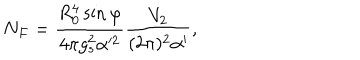
N _ { F } = \frac { R _ { 0 } ^ { 4 } \sin \varphi } { 4 \pi g _ { s } ^ { 2 } \alpha ^ { 2 } } \frac { V _ { 2 } } { ( 2 \pi ) ^ { 2 } \alpha ^ { \prime } } ,